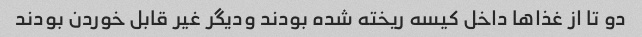
دو تا از غذا‌ها داخل کیسه ریخته شده بودند ودیگر غیر قابل خوردن بودند